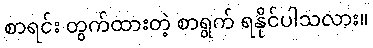
စာရင်း တွက်ထားတဲ့ စာရွက် ရနိုင်ပါသလား။